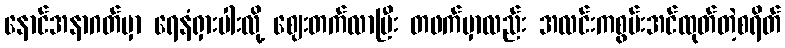
နောင်အနာဂတ်မှာ ရေနံရှားပါးလို့ ဈေးတက်လာပြီး တဖက်မှာလည်း အလင်းကစွမ်းအင်ထုတ်တဲ့စရိတ်